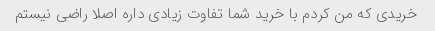
خریدی که من کردم با خرید شما تفاوت زیادی داره اصلا راضی نیستم